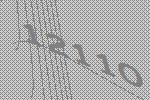
12110